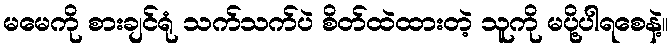
မမေကို စားချင်ရုံ သက်သက်ပဲ စိတ်ထဲထားတဲ့ သူကို မပို့ပါရစေနဲ့။